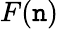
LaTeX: F(\mathtt{n})